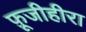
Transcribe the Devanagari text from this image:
फ़ूजीहीरा